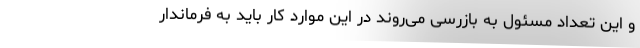
و این تعداد مسئول به بازرسی می‌روند در این موارد کار باید به فرماندار